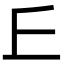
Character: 𠀉